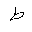
Letter: _da